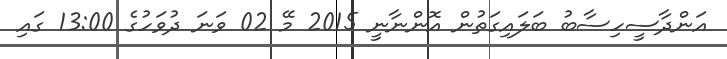
އަންދާސީހިސާބު ބަލައިގަތުން އޮންނާނީ 2015 މޭ 02 ވަނަ ދުވަހުގެ 13:00 ގައި